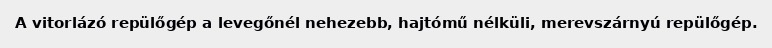
A vitorlázó repülőgép a levegőnél nehezebb, hajtómű nélküli, merevszárnyú repülőgép.